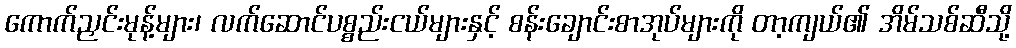
ကောက်ညှင်းမုန့်များ၊ လက်ဆောင်ပစ္စည်းငယ်များနှင့် စန်းချောင်းစာအုပ်များကို တာ့ကျယ်၏ အိမ်သစ်ဆီသို့